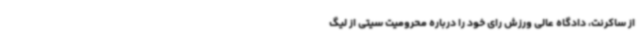
از ساکرنت، دادگاه عالی ورزش رای خود را درباره محرومیت سیتی از لیگ